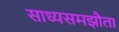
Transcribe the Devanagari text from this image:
साध्यसमझौता